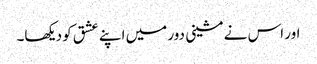
اور اس نے مشینی دور میں اپنے عشق کو دیکھا۔